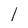
Character: l